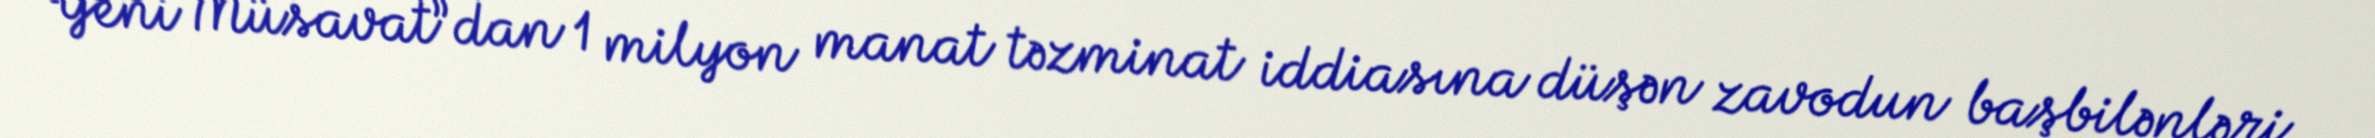
“Yeni Müsavat”dan 1 milyon manat təzminat iddiasına düşən zavodun başbilənləri